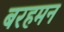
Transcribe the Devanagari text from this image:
बरहमन